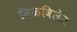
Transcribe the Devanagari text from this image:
मिळविलेत